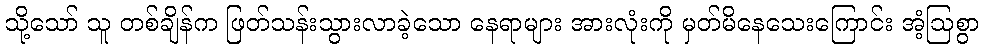
သို့သော် သူ တစ်ချိန်က ဖြတ်သန်းသွားလာခဲ့သော နေရာများ အားလုံးကို မှတ်မိနေသေးကြောင်း အံ့ဩစွာ